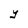
Character: Y